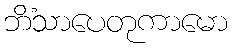
ဘိံသာပေတုကာမော